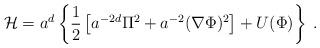
LaTeX: \begin{align*}{\cal H} = a^{d}\left\{\frac{1}{2} \left [ a^{-2d}\Pi^{2}+a^{-2}({\bf \nabla}\Phi)^{2}\right ] +U(\Phi)\right\} \; .\end{align*}